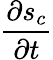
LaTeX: \frac{\partial s_{c}}{\partial t}